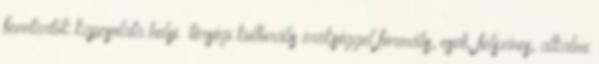
fenntartók kapcsolata helyi térségi kulturális örökséggel formális, eseti, felszínes, alkalmi